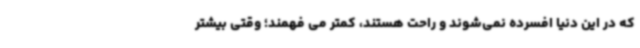
که در این دنیا افسرده نمی‌شوند و راحت هستند، کمتر می فهمند؛ وقتی بیشتر